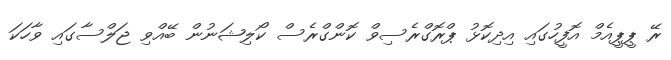
ރޭ ޕީޕީއެމް އޮފީހުގައި އިދިކޮޅު ޕްރޮގްރެސިވް ކޮންގްރެސް ކޯލިޝަނުން ބޭއްވި ޖަލްސާގައި ވާހަކަ